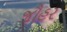
જૌહર